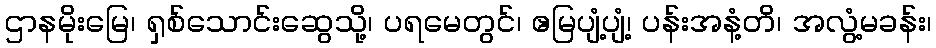
ဌာနမိုးမြေ၊ ရှစ်သောင်းဆွေသို့၊ ပရမေတွင်၊ ဧမြပျံ့ပျံ့၊ ပန်းအနံ့တိ၊ အလွံ့မခန်း၊